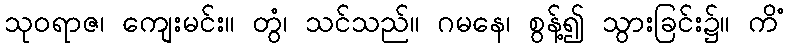
သုဝရာဇ၊ ကျေးမင်း။ တွံ၊ သင်သည်။ ဂမနေ၊ စွန့်၍ သွားခြင်း၌။ ကိံ